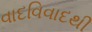
વાદવિવાદથી